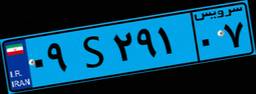
۳۹S۷۸۹۰۳